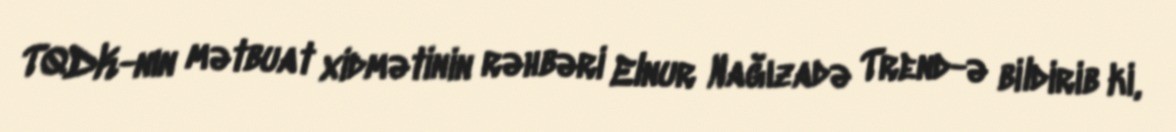
TQDK-nın mətbuat xidmətinin rəhbəri Elnur Nağızadə Trend-ə bildirib ki,